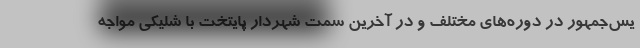
یس‌جمهور در دوره‌های مختلف و در آخرین سمت شهردار پایتخت با شلیکی مواجه